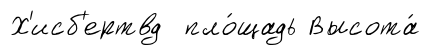
Х'исб'ертвд пло́щадь Высота́